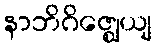
နာဘိဂိဇ္ဈေယျ